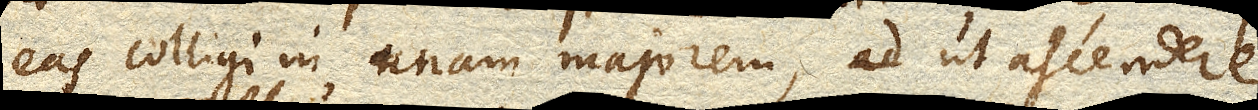
eas colligi in unam majorem, ad ut ascendere